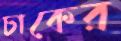
চাকের